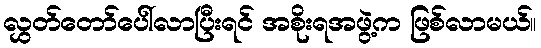
လွှတ်တော်ပေါ်လာပြီးရင် အစိုးရအဖွဲ့က ဖြစ်လာမယ်။